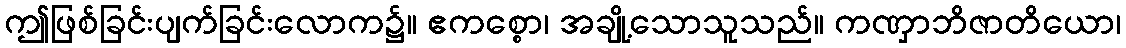
ဤဖြစ်ခြင်းပျက်ခြင်းလောက၌။ ဧကစ္စော၊ အချို့သောသူသည်။ ကဏှာဘိဇာတိယော၊